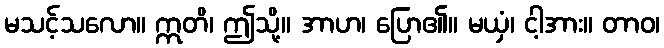
မသင့်သလော။ ဣတိ၊ ဤသို့။ အာဟ၊ ပြော၏။ မယှံ၊ ငါ့အား။ တာဝ၊